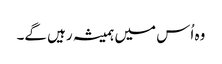
وہ اُس میں ہمیشہ رہیں گے۔